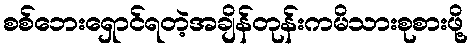
စစ်ဘေးရှောင်ရတဲ့အချိန်တုန်းကမိသားစုစားဖို့